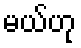
မယ်ဟု